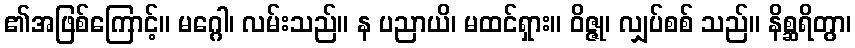
၏အဖြစ်ကြောင့်။ မဂ္ဂေါ၊ လမ်းသည်။ န ပညာယိ၊ မထင်ရှား။ ဝိဇ္ဇု၊ လျှပ်စစ် သည်။ နိစ္ဆရိတွာ၊